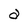
Character: a